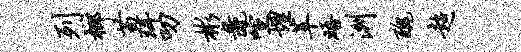
列榔苗珥叨彬彘喧埋革晤洲丑超